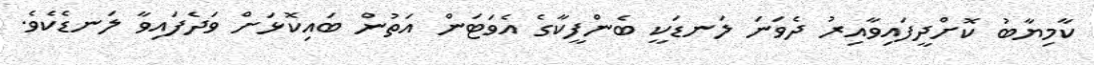
ކާމިޔާބު ކޮށްދީފައިވާއިރު ދެވަނަ ލަނޑަކީ ބެންފީކާގެ އެވަޓަން އަތުން ބައިކޮޅަށް ވަދެފައިވާ ލަނޑެކެވެ.